Report on horse surra - Volume I
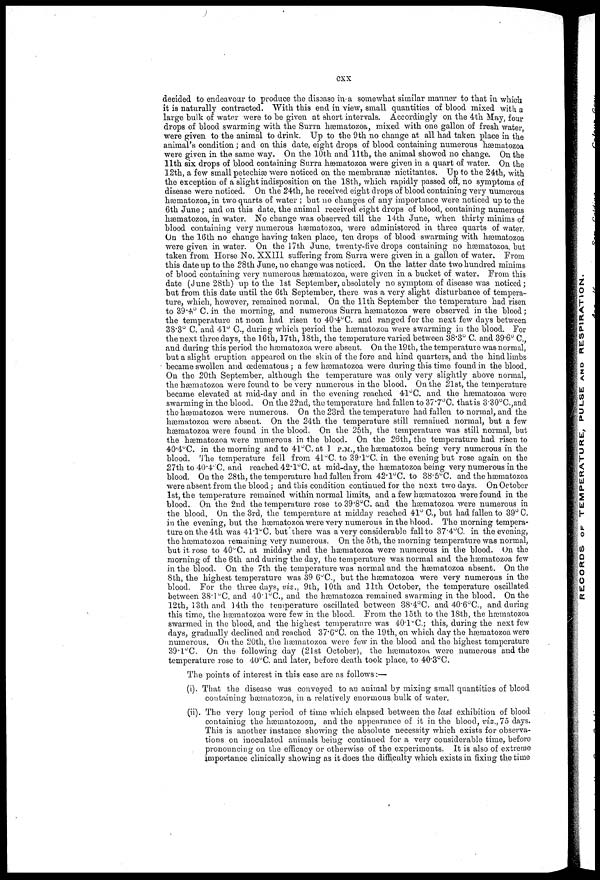
cxx
decided to endeavour to produce the disease in a somewhat similar manner to that in which
it is naturally contracted. With this end in view. small quantities of blood mixed with a
large hulk of water were to he given at short intervals. Accordingly on the 4th May. four
drops of blood swarming with the Surra hæmatozoa. mixed with one gallon of fresh water
were given to the animal to drink. Up to the 9th no change at all had taken place in the
animal's condition ; and on this date. eight drops of blood containing numerous hærnatozoa
were given in the same way. On the 10th and 11th. the animal showed no change. On the
11th six drops of blood containing Surra hæmatozoa were given in a quart of water. On the
12th. a few small petechiæ were noticed on the membranæ nictitantes. Up to the 24th. with
the exception of a slight indisposition on the 18th. which rapidly passed off. no symptoms of
disease were noticed. On the 24th. he received eight drops of blood containing very numerous
hæmatozoa. in two quarts of water ; but no changes of any importance were noticed up to the
6th June; and on this date. the animal received eight drops of blood. containing numerous
hæmatozoa. in water. No change was observed till the 14th June. when thirty minims of
blood containing very numerous hæmatozoa. were administered in three quarts of water.
On the 16th no change having taken place. ten drops of blood swarming with hæmatozoa
were given in water. On the 17th June. twenty-five drops containing no hæmatozoa. but
taken from Horse No. XXIII suffering from Surra were given in a gallon of water. From
this date up to the 28th June. no change was noticed. On the latter date two hundred minims
of blood containing very numerous hæmatozoa. were given in a bucket of water. From this
date (June 28th) up to the 1st September. absolutely no symptom of disease was noticed;
but from this date until the 6th September. there was a very slight disturbance of tempera-
ture. which. however. remained normal. On the 11th September the temperature had risen
to 39.4°C. in the morning. and numerous Surra hæmatozoa were observed in the blood;
the temperature at noon had risen to 40.4°C. and ranged for the next few days between
38.3° C. and 41° C. during which period the hæmatozoa were swarming in the blood.. For
the next three days. the 16th. 17th. 18th. the temperature varied between 38.3° C. and 39.6° C.
and during this period the hæmatozoa were absent. On the 19th. the temperature was normal.
but a slight eruption appeared on the skin of the fore and hind quarters. and the hind limbs
became swollen and œdematous; a few hæmatozoa were during this time found in the blood.
On the 20th September. although the temperature was only very slightly above normal.
the hæmatozoa were found to be very numerous in the blood. On the 21st. the temperature
became elevated at mid-day and in the evening reached 41°C. and the hæmatozoa were
swarming in the blood. On the 22nd. the temperature had fallen to 37.7°C. that is 3.30°C..and
the hæmatozoa were numerous. On the 23rd the temperature had fallen to normal. and the
hæmatozoa were absent. On the 24th the temperature still remained normal. but a few
hæmatozoa were found in the blood. On the 25th. the temperature was still normal. but
the hæmatozoa were numerous in the blood. On the 26th. the temperature had risen to
40.4°C. in the morning and to 41°C. at 1 P.M.. the hæmatozoa being very numerous in the
blood. The temperature fell from 41°C. to 39.1°C. in the evening but rose again on the
27th to 40.4°C. and reached 42.1°C. at mid-day. the hæmatozoa being very numerous in the
blood. On the 28th. the temperature had fallen from 42.l°C. to 38.5°C. and the hæmatozoa
were absent from the blood; and this condition continued for the next two days. On October
1st. the temperature remained within normal limits. and a few hæmatozoa were found in the
blood. On the 2nd the temperature rose to 39.8°C. and the hæmatozoa were numerous in
the blood. On the 3rd. the temperature at midday reached 41° C. but had fallen to 39° 0.
in the evening. but the hæmatozoa were very numerous in the blood. The morning tempera-
ture on the 4th was 41.1°C. but there was a very considerable fall to 37.4°C. in the evening.
the hæmatozoa remaining very numerous. On the 5th. the morning temperature was normal.
but it rose to 40°C. at midday and the hæmatozoa were numerous in the blood. On the
morning of the 6th and during the day. the temperature was normal and the hæmatozoa few
in the blood. On the 7th the temperature was normal and the hæmatozoa absent. On the
8th. the highest temperature was 39.6°C. but the hæmatozoa were very numerous in the
blood. For the three days. viz.. 9th. 10th and 11th October. the temperature oscillated
between 38.1°C. and 40.1.°C. and the hæmatozoa remained swarming in the blood. On the
12th. 13th and 14th the temperature oscillated between 38.4°C. and 40.6°C.. and during
this time. the hæmatozoa were few in the blood. From the 15th to the 18th. the hæmatozoa
swarmed in the blood. and the highest temperature was 40.l°C; this. during the next few
days. gradually declined and reached 37.6°C. on the 19th. on which day the hæmatozoa were
numerous. On the 20th. the hæmatozoa were few in the blood and the highest temperature
39.1°C. On the following day (21st October). the hæmatozoa were numerous and the
temperature rose to 40°C. and later. before death took place. to 40.3°C.
The points of interest in this case are as follows:—
(i). That the disease was conveyed to an animal by mixing small quantities of blood
containing hæmatozoa. in a relatively enormous bulk of water.
(ii). The very long period of time which elapsed between the last exhibition of blood
containing the hæmatozoon. and the appearance of it in the blood. viz.. 75 days.
This is another instance showing the absolute necessity which exists for observa-
tions on inoculated animals being continued for a very considerable time. before
pronouncing on the efficacy or otherwise of the experiments. It is also of extreme
importance clinically showing as it does the difficulty which exists in fixing the time